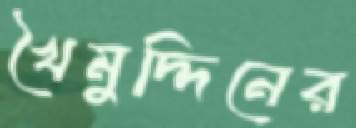
খৈমুদ্দিনের